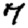
Digit: 7